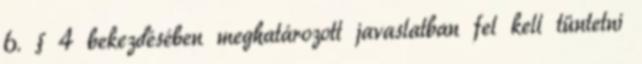
6. § 4 bekezdésében meghatározott javaslatban fel kell tüntetni